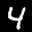
Label: 4